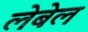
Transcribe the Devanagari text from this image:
लेबेल